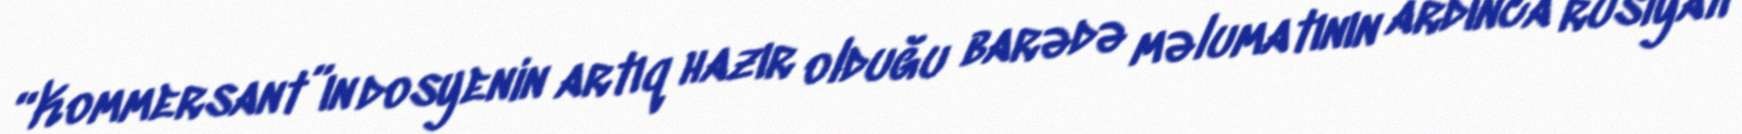
“Kommersant”ın dosyenin artıq hazır olduğu barədə məlumatının ardınca rusiyalı